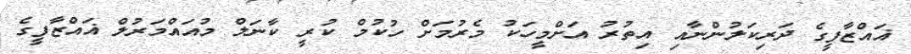
ޣައްޒާފީގެ ދަރިކަލުންނާއި އިތުރު އަށްމީހަކު މެރުމަށް ހުކުމް ކުރީ ކާނަލް މުއައްމަރުލް ޣައްޒާފީގެ